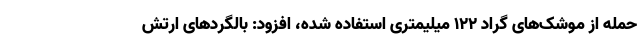
حمله از موشک‌های گراد 122 میلیمتری استفاده شده، افزود: بالگردهای ارتش